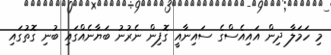
މި ހަމަލާ ދިން އައިއެސްގެ ސައިނާއީ ގޮފިން ނެެރުނު ބަޔާނެއްގައި ބުނި ގޮތުގައި